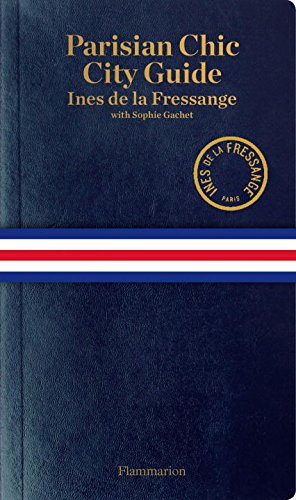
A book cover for Parisian Chic City Guide: Shopping, Dining, and More; Ines de la Fressange; Travel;